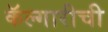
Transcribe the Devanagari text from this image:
कॅल्गारीची